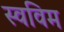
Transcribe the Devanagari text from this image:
स्वविम